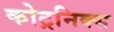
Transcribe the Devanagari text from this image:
कोट्रनिक्स